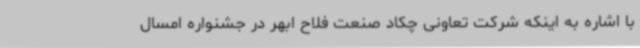
با اشاره به اینکه شرکت تعاونی چکاد صنعت فلاح ابهر در جشنواره امسال